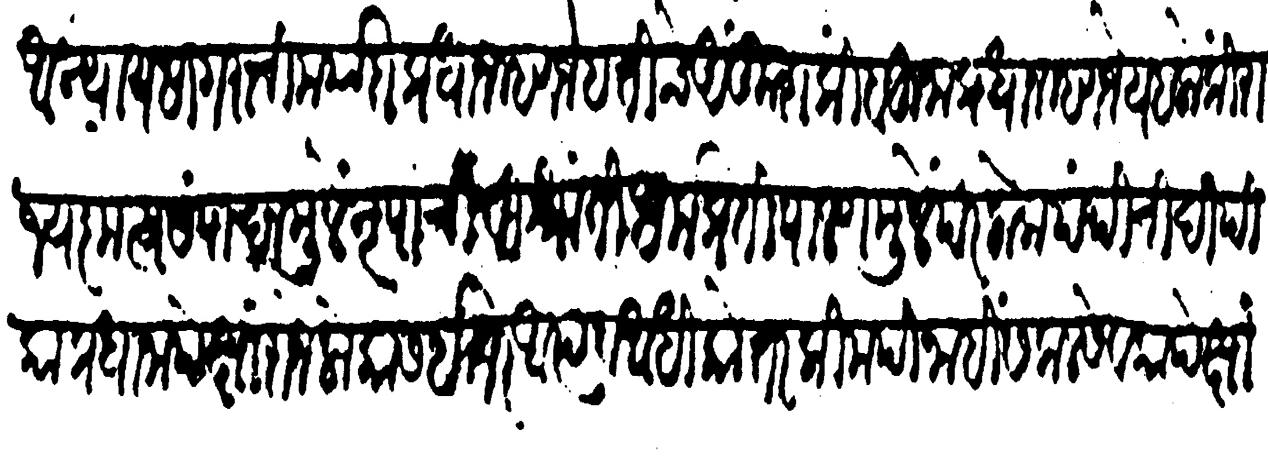
Transliteration (Devanagari): आन्यायसागराची मर्यादा प्रधान म्हणजे हत्तीचे अंकुश किंबहुना प्रधान म्हणजे यहलोकीं राज्यकृत्य संपादनामुळें नृपाची विश्रांति धर्मप्रतिपालणमुळें परलोकपंथींची दीपिका प्रधानापेक्षां राजे लोकांस इतर आप्त व आधिकोत्तर किमपि नाहीं सकल सेवकांपेक्षां